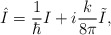
\begin{align*}\hat{I}={\frac{1}{\hbar }}I+i{\frac{k}{8\pi }}\tilde{I}, \end{align*}